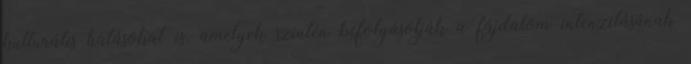
kulturális hatásokat is, amelyek szintén befolyásolják a fájdalom intenzitásának